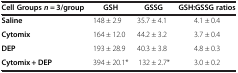
| Cell Groups n = 3/group | GSH | GSSG | GSH:GSSG ratios |
 | --- | --- | --- | --- |
 | Saline | 148 ± 2.9 | 35.7 ± 4.1 | 4.1 ± 0.4 |
 | Cytomix | 164 ± 12.0 | 44.2 ± 3.2 | 3.7 ± 0.4 |
 | DEP | 193 ± 28.9 | 40.3 ± 3.8 | 4.8 ± 0.3 |
 | Cytomix + DEP | 394 ± 20.1* | 132 ± 2.7* | 3.0 ± 0.2 |